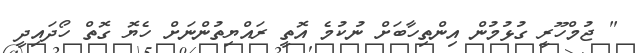
" ޖުމްހޫރީ ގުޅުމުން އިންތިހާބަށް ނުކުމެ އޮތީ ރައްޔިތުންނަށް ހެޔޮ ގޮތް ހޯދައިދީ